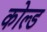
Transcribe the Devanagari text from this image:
कोल्‍ड